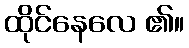
ထိုင်နေလေ ၏။